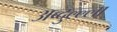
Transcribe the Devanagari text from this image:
अब्दुल्ल्ला